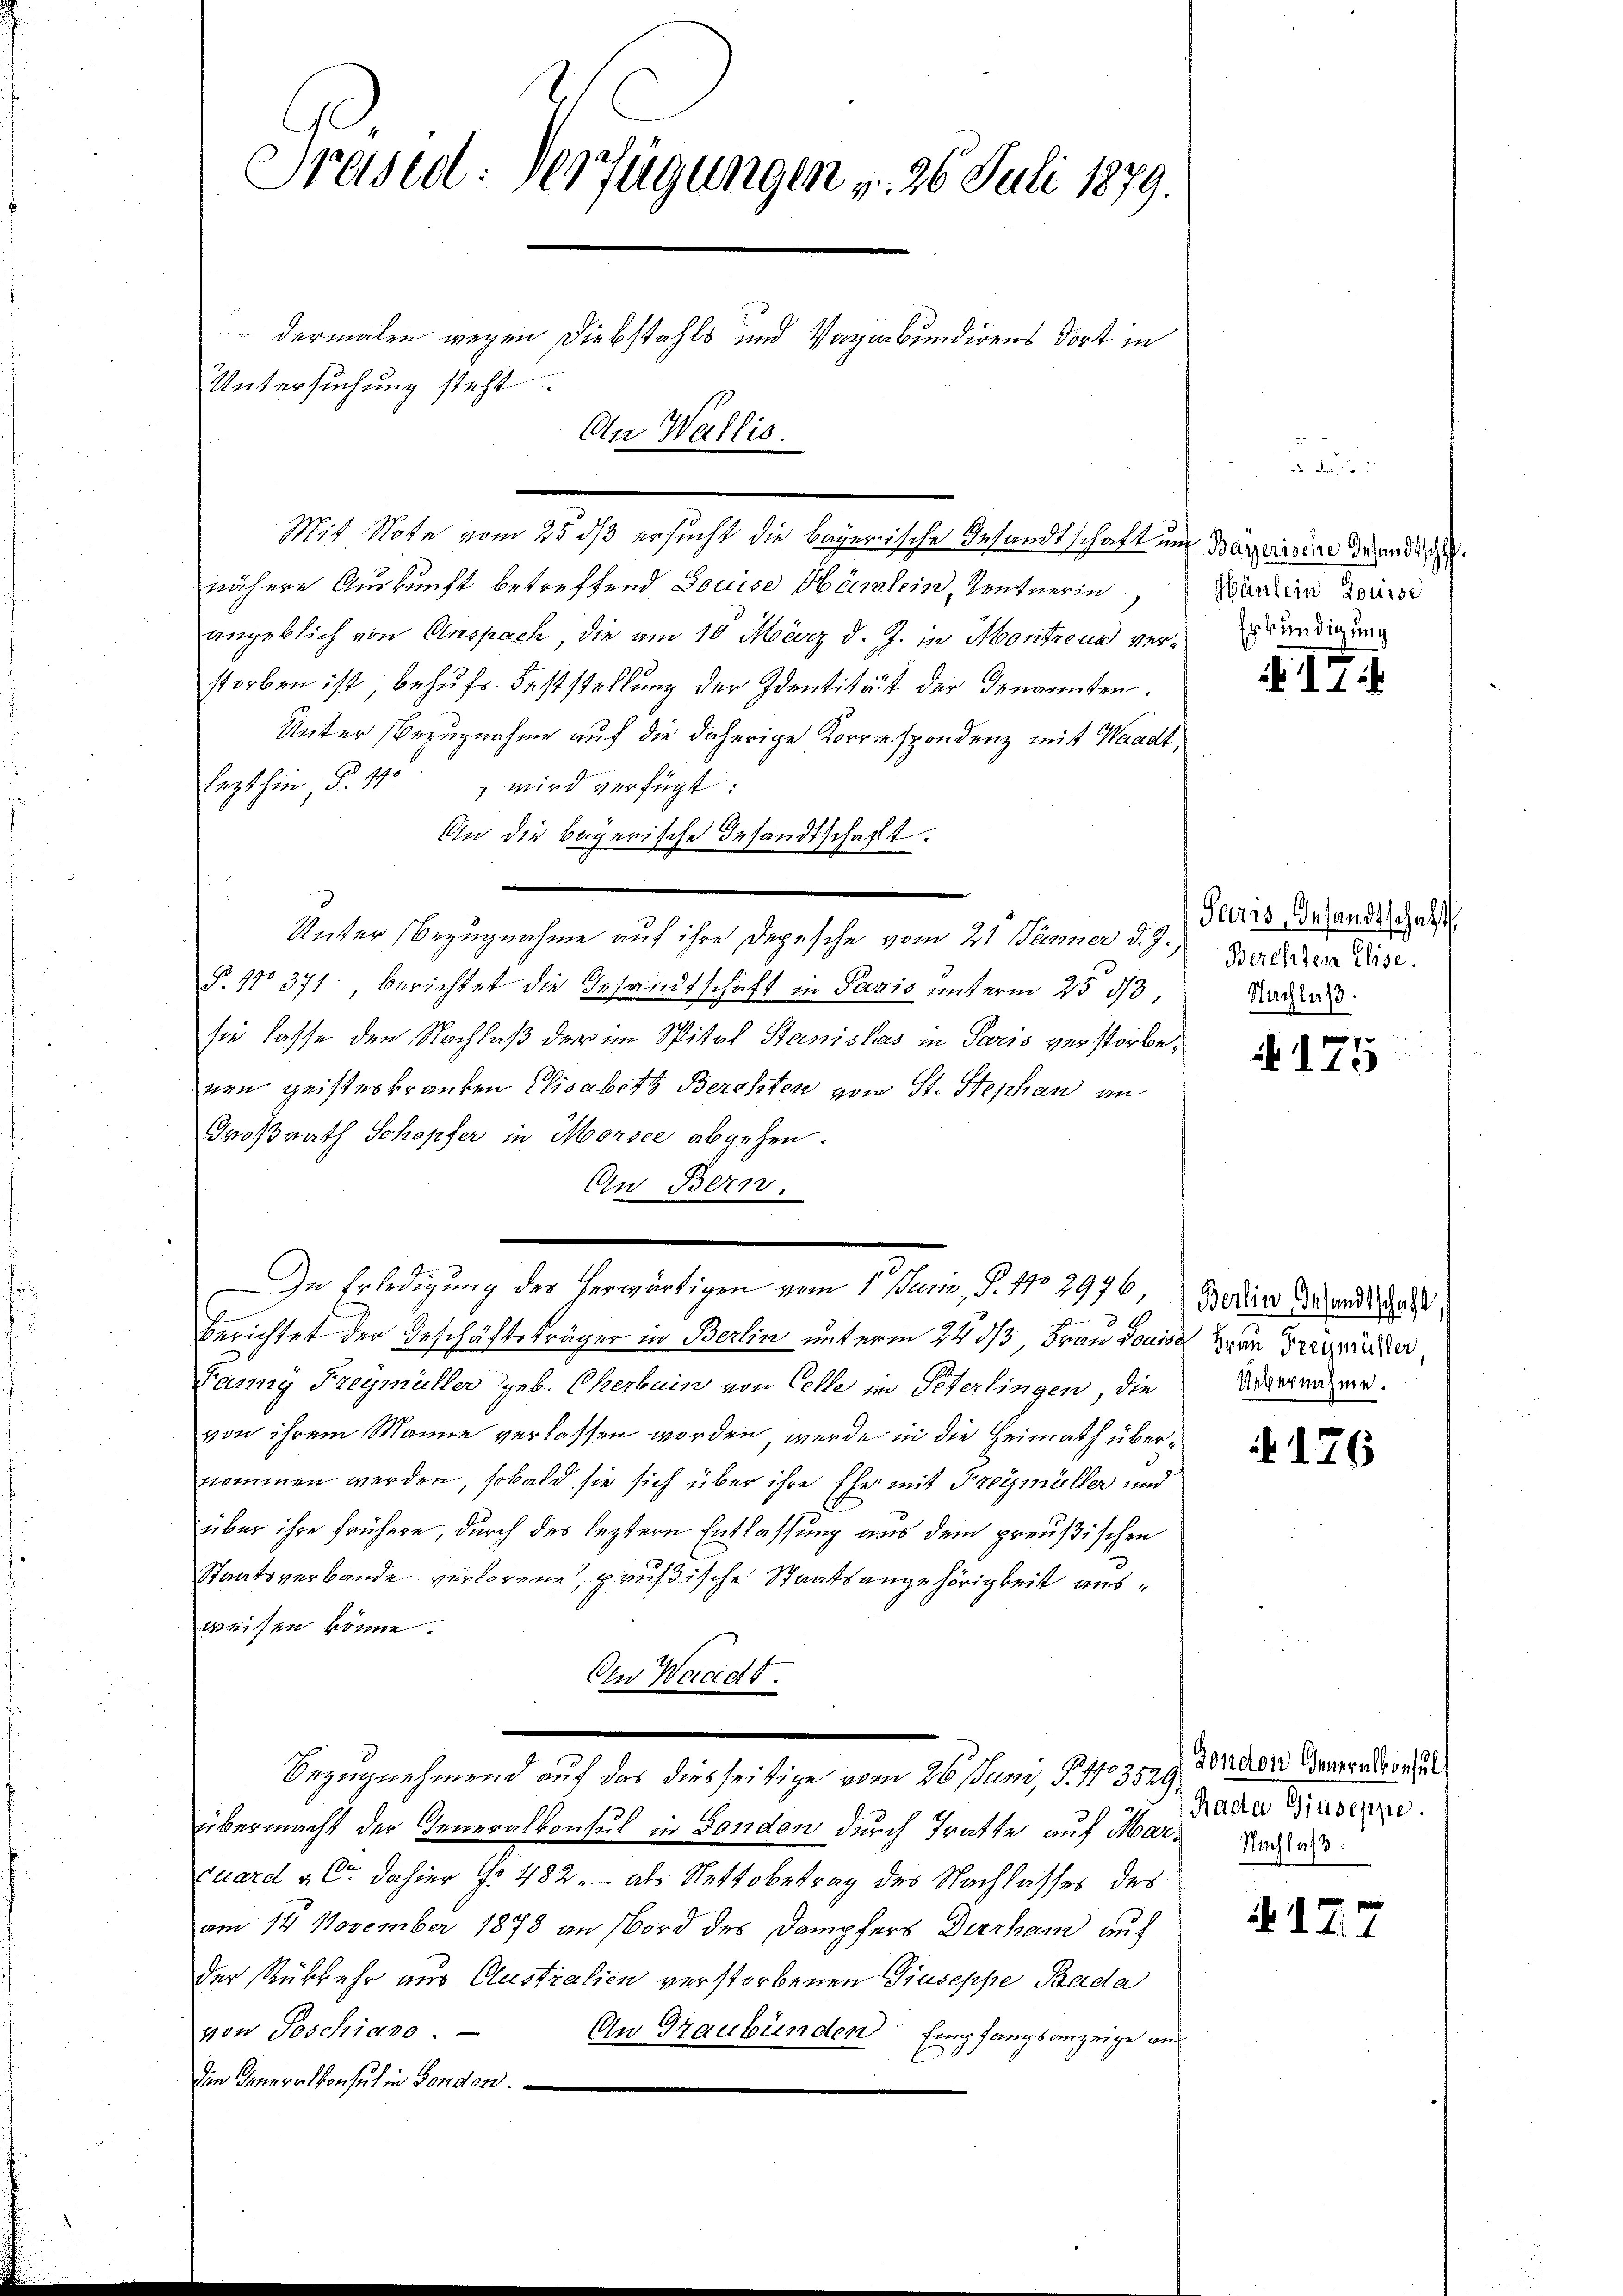
Präsid. Verfügungen v. 26. Juli 1879.
dermalen wegen Diebstahls und Vagabundigens dort in
Untersuchung steht.
An Wallis.

Mit Note vom 25. ds ersucht die bayerische Gesandtschaft um Bayerisie wendige
nähere Auskunft betreffend Louise Hamlein, Kentnerin
angeblich von Anspach, die am 10. März d. J. in Montreux verwendigung
storben ist, behufs Feststellung der Identität der Genannten.
Unter Bezugnahme auf die daherige Korrespondenz mit Waadt,
Eezthin, d. 11.
 wird verfügt:
An die bayerische Gesandtschaft.
Unter Bezugnahme auf ihre Depesche vom 21 Jänner d. J.,
§. No 371 berichtet die Gesandtschaft in Paris unterm 25 d
sie lasse den Nachlaß der im Spital Stanislas in Paris verstorbenen geisteskranken Elisabeth Berchten vom St. Stephan an
Großrath Schopfer in Morsee abgehen.
An Bern.
In Erledigung des herwärtigen vom 1. Juni, P. No 2976
u
berichtet der Geschäftsträger in Berlin unterm 24. ds Frau donne an Freiter
Lanny Freymüller geb. Cherbein von Celle in Peterlingen, die
von ihrem Manne verlassen worden, wurde in die Heimath übernommen werden, sobald sie sich über ihre Ehe mit Freymüller und
über ihre frühere, durch des leztere Entlassung aus dem preußischen
Staatsverbande verlorene, prüßische Staatsangehörigkeit ausweisen könne.
Den Waadt.
Bezugnehmend auf das diesseitige vom 26. Juni, S. 13529.
übermacht der Generalkonsul in Fonden durch Tratte auf Mar-Kras
cuard a. C. dahier §. 482. - als Nettobetrag des Nachlasses des
am 14. November 1878 an Bord des Dampfers Dirchen auf
Der Rükkehr aus Australien verstorbenen Giuseppe Bada
von Poschiavo. —
An Graubünden Empfangsanzeige aus
den Inneralkonsul in Fonden.

Häulein Louise

417

Seurs, Gesandtschaft
Berchten Elise.
Nachlaß.

N175

Berlin Gesandtschaft
Uebernahme.

176

Dondon Generalkonsult
Rada Giuseppe.

177